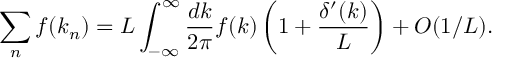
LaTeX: \sum _ { n } f ( k _ { n } ) = L \int _ { - \infty } ^ { \infty } { \frac { d k } { 2 \pi } } f ( k ) \left( 1 + { \frac { \delta ^ { \prime } ( k ) } { L } } \right) + O ( 1 / L ) .